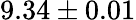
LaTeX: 9.34\pm 0.01